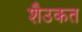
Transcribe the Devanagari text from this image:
शैउकत